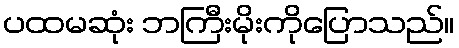
ပထမဆုံး ဘကြီးမိုးကိုပြောသည်။